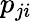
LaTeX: p_{ji}